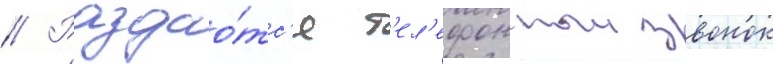
// Раздао́тс'я т'ел'ефонныи звонок